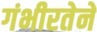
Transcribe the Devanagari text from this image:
गंभीरतेने